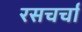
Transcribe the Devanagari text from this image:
रसचर्चा